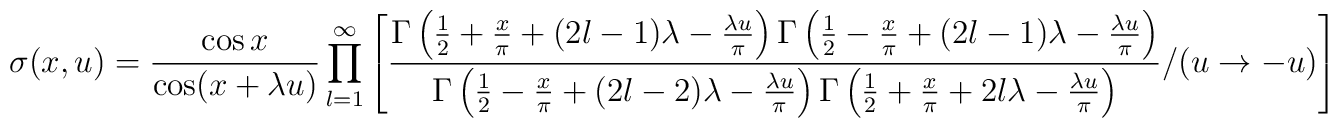
\sigma (x,u)=\frac{\cos x}{\cos (x+\lambda u)}\prod ^{\infty }_{l=1}\left[ \frac{\Gamma \left( \frac{1}{2}+\frac{x}{\pi }+(2l-1)\lambda -\frac{\lambda u}{\pi }\right) \Gamma \left( \frac{1}{2}-\frac{x}{\pi }+(2l-1)\lambda -\frac{\lambda u}{\pi }\right) }{\Gamma \left( \frac{1}{2}-\frac{x}{\pi }+(2l-2)\lambda -\frac{\lambda u}{\pi }\right) \Gamma \left( \frac{1}{2}+\frac{x}{\pi }+2l\lambda -\frac{\lambda u}{\pi }\right) }/(u\to -u)\right]